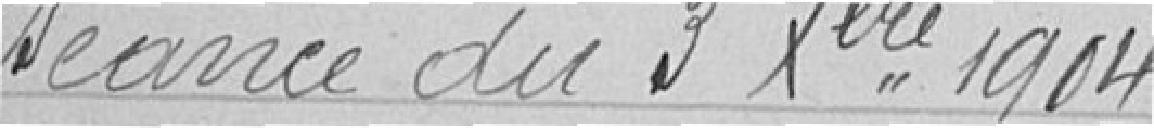
Séance du 3 Décembre 1904